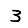
Digit: 3